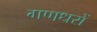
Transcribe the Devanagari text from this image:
गणधरों